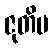
ဇုတိမ